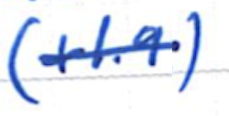
Text: (+1.9)
Cross-out: single-line
Writing tool: ballpoint